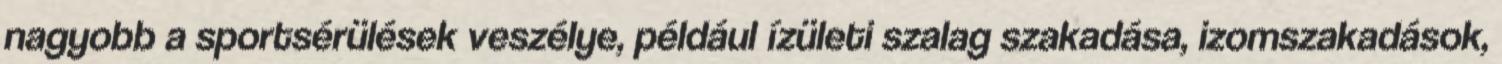
nagyobb a sportsérülések veszélye, például ízületi szalag szakadása, izomszakadások,